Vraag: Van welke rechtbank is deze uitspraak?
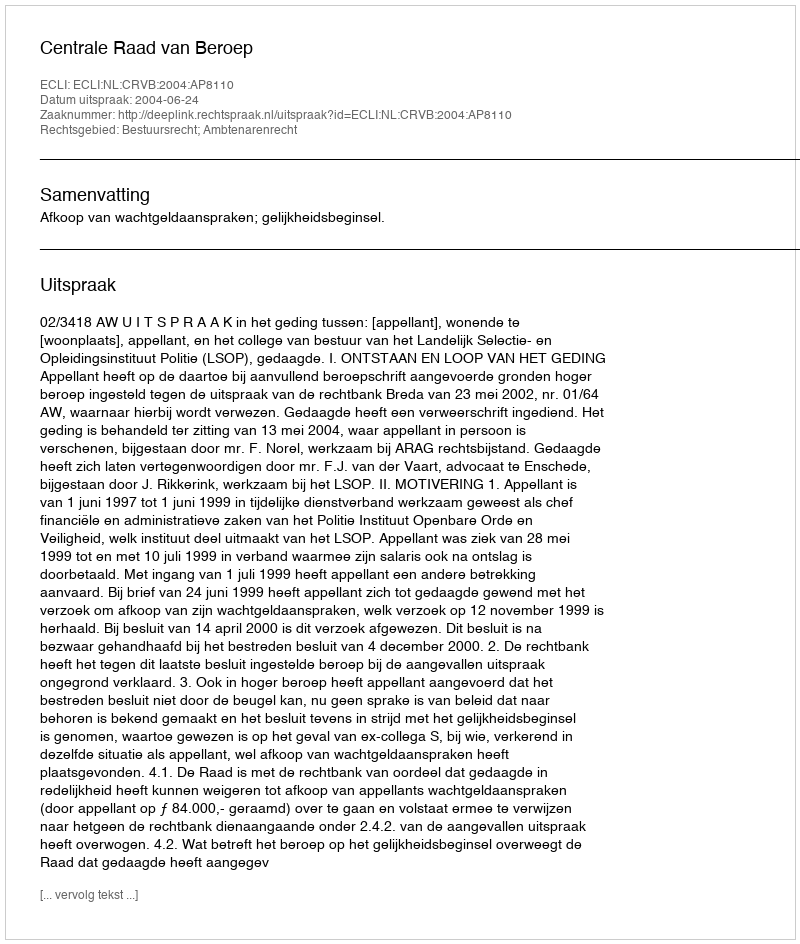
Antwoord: Centrale Raad van Beroep